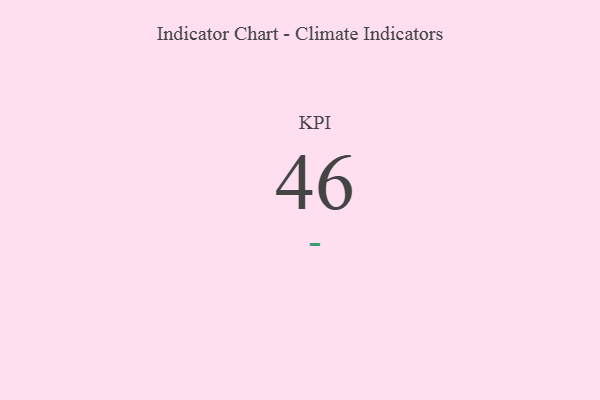
{"axis": {"x": "KPI", "y": "Value"}, "legend": [""], "data": [{"x": "KPI", "y": 46, "type": ""}]}